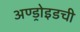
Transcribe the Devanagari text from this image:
अण्ड्रोइडची